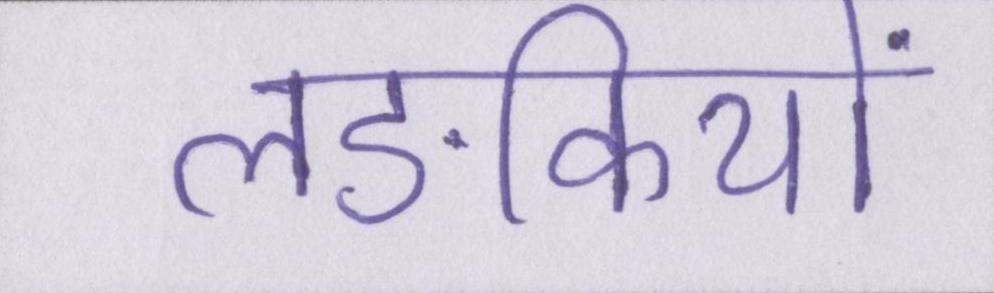
लङकियों